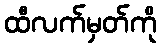
ထီလက်မှတ်ကို